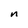
Character: n